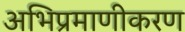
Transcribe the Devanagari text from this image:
अभिप्रमाणीकरण